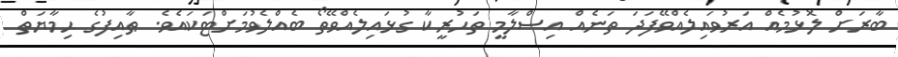
ބާރަށް ލޮޅުމެއް އަރުވައިލެއްވޭފަދަ ތަނެއް އިސްލާމީ ތަޙުރީކާ ގުޅައިލެއްވޭތޯ ބެއްލެވުމަށްޓަކައެވެ. ޠާއިފުގެ ޙިމާޔަތް